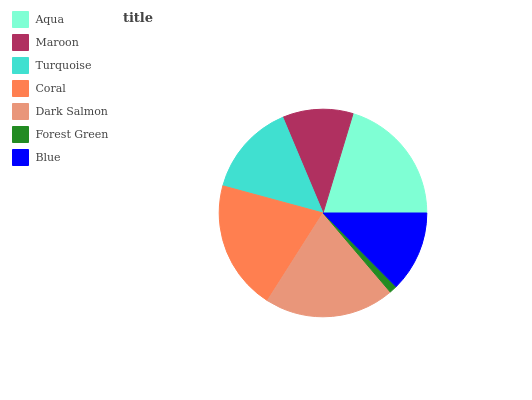
| Aqua | Maroon | Turquoise | Coral | Dark Salmon | Forest Green | Blue |
 | --- | --- | --- | --- | --- | --- | --- |
 | 20.4% | 11% | 14.5% | 20.2% | 20.2% | 1.22% | 12.6% |